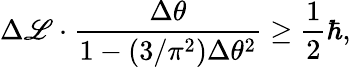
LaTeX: \Delta\mathscr{L}\cdot\frac{{\Delta\theta}}{{1-(3/\pi^{2})\Delta\theta^{2}}}\ge\frac{1}{2}\hbar,